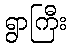
ရွာကြီး